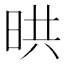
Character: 晎